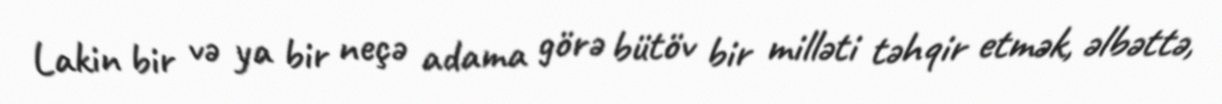
Lakin bir və ya bir neçə adama görə bütöv bir milləti təhqir etmək, əlbəttə,